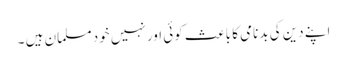
اپنے دین کی بدنامی کا باعث کوئی اور نہیں خود مسلمان ہیں ۔